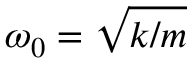
\omega _ { 0 } = \sqrt { k / m }